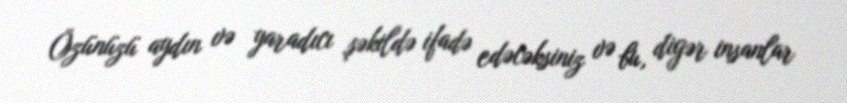
Özünüzü aydın və yaradıcı şəkildə ifadə edəcəksiniz və bu, digər insanlar